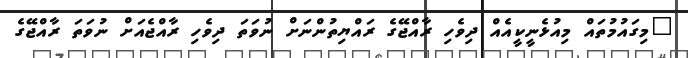
"މިގައުމުތައް މިއުޅެނީކީއެއް ދިވެހި ރާއްޖޭގެ ރައްޔިތުންނަށް ނުވަތަ ދިވެހި ރާއްޖެއަށް ނުވަތަ ރާއްޖޭގެ